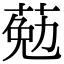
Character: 葂